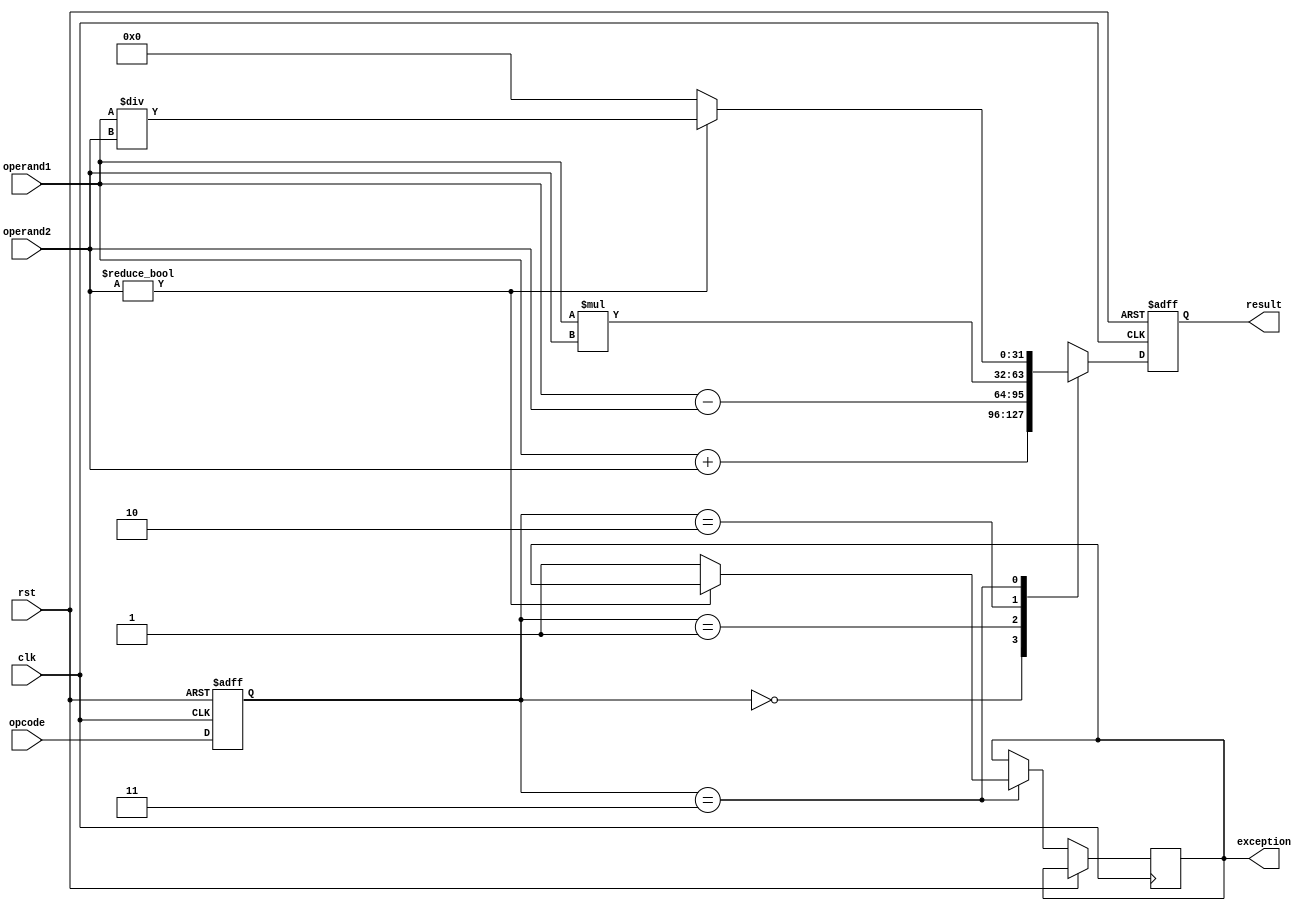
module FloatingPointALU (
    input wire clk,
    input wire rst,
    input wire [1:0] opcode,
    input wire [31:0] operand1,
    input wire [31:0] operand2,
    output reg [31:0] result,
    output wire exception
);

reg [1:0] operation;
reg [31:0] result_reg;

always @ (posedge clk or posedge rst) begin
    if (rst) begin
        operation <= 2'b00;
        result_reg <= 32'h0;
    end else begin
        operation <= opcode;
        case (operation)
            2'b00: result_reg <= operand1 + operand2; // Addition
            2'b01: result_reg <= operand1 - operand2; // Subtraction
            2'b10: result_reg <= operand1 * operand2; // Multiplication
            2'b11: begin
                if (operand2 != 0) begin
                    result_reg <= operand1 / operand2; // Division
                end else begin
                    result_reg <= 32'h0; // Handle division by zero
                    exception <= 1;
                end
            end
        endcase
    end
end

assign result = result_reg;

endmodule